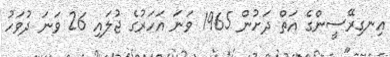
އިނގިރޭސީންގެ އަތް ދަށުން 1965 ވަނަ އަހަރުގެ ޖުލައި 26 ވަނަ ދުވަހު